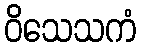
ဝိသေသကံ